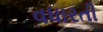
વધારતી